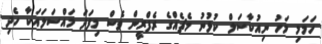
ހަމަމި މަހު ނިއުކާސަލް ކުޅުނު މެޗެއްގެ ރެފްރީން ވެސް މިފަދަ މައްސަލައަކާ ހެދި